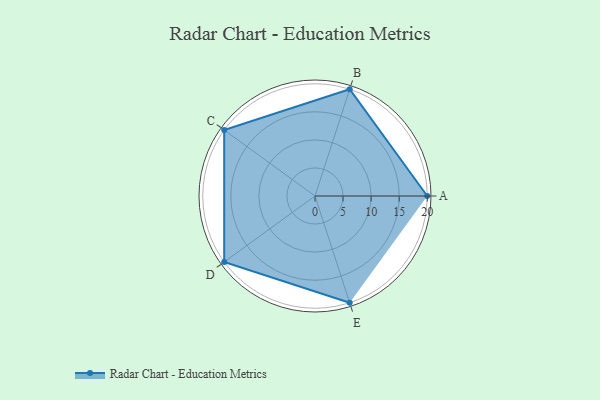
{"axis": {"x": "Skill", "y": "Score"}, "legend": ["Profile"], "data": [{"x": "A", "y": 20, "type": "Profile"}, {"x": "B", "y": 20, "type": "Profile"}, {"x": "C", "y": 20, "type": "Profile"}, {"x": "D", "y": 20, "type": "Profile"}, {"x": "E", "y": 20, "type": "Profile"}]}